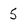
Character: 5